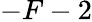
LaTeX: -F-2